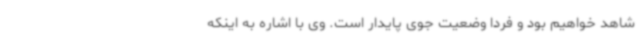
شاهد خواهیم بود و فردا وضعیت جوی پایدار است. وی با اشاره به اینکه